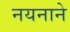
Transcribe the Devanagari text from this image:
नयनाने